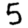
Digit: 5